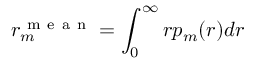
r _ { m } ^ { \mathrm { ~ m ~ e ~ a ~ n ~ } } = \int _ { 0 } ^ { \infty } r p _ { m } ( r ) d r